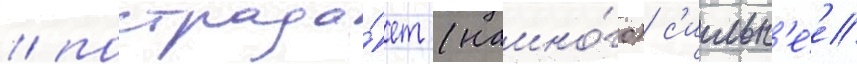
/ пострада́ет (намно́го) с'ильн'е́е